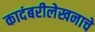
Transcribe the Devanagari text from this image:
कादंबरीलेखनाचे